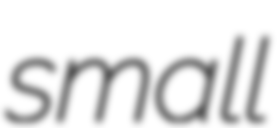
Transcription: small